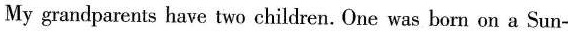
My grandparents have two children. One was born on a Sun-